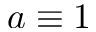
a \equiv 1